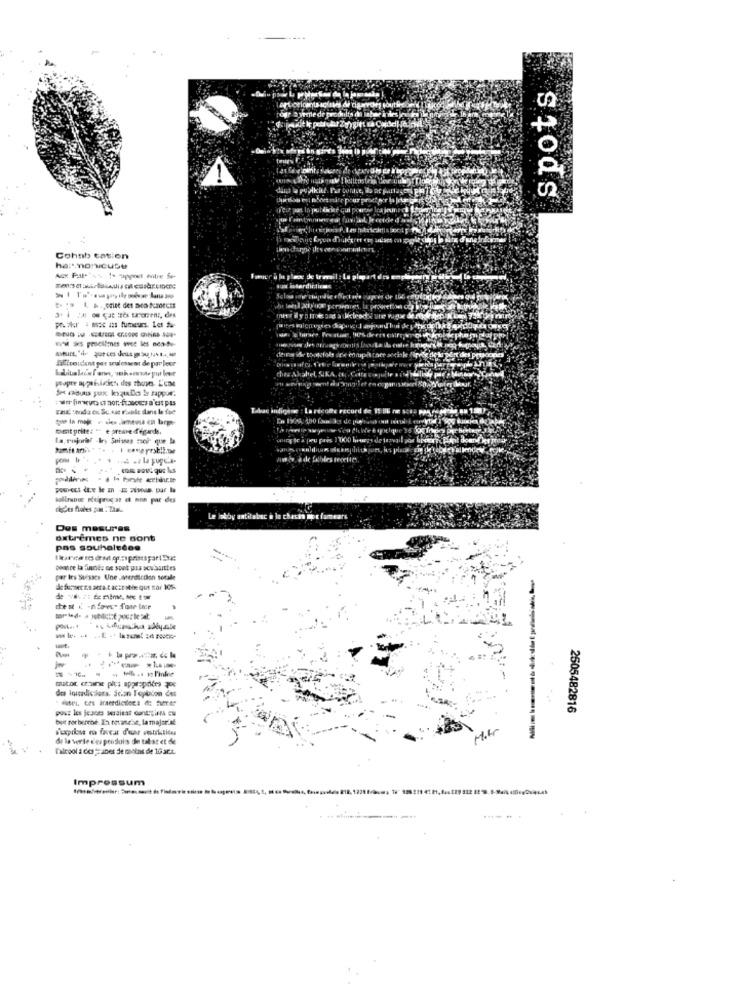
spots
Cohnb cation
hart manicuse
mer a la place de ir
email : La pl
Tabac indige e : La recole record de IS HE
furt prite: " e preme degarde.
Le lobby antitabac e la chacha mot fumeare
Des mesures
oxtremes ne sont
pas souhaledes
poonce la finnes ne sont pas sow.buittes
par Ies Suisses Une Merdiccion sorale
de former ne sera.t accesible que nor 105-
Post .. .
Laut.
------
---- t l'inkee
pout les jeJots seraitat cont"tings eu
2505482816
but sorberrhé. La revanche, la majordal
de la verte d'es peodlois de tabst et de
D'alcool a des jeunes de moins de 10 art.
Impressum